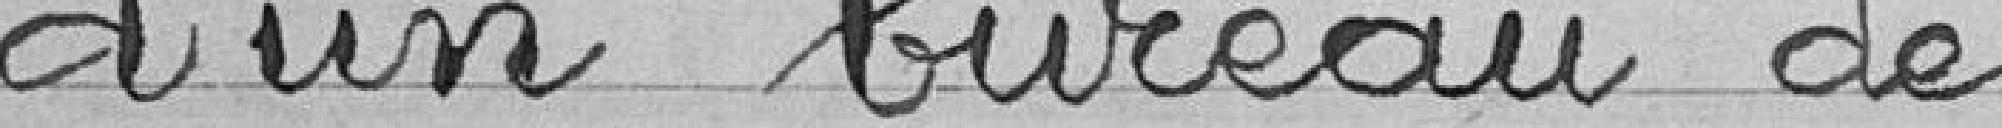
d'un bureau de